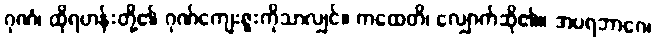
ဂုဏံ၊ ထိုရဟန်းတို့၏ ဂုဏ်ကျေးဇူးကိုသာလျှင်။ ကထေတိ၊ လျှောက်ဆို၏။ အပရဘာဂေ၊